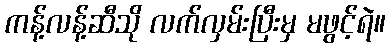
ကန့်လန့်ဆီသို လက်လှမ်းပြီးမှ မဖွင့်ရဲ။